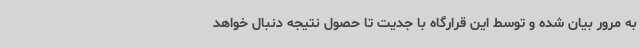
به مرور بیان شده و توسط این قرارگاه با جدیت تا حصول نتیجه دنبال خواهد